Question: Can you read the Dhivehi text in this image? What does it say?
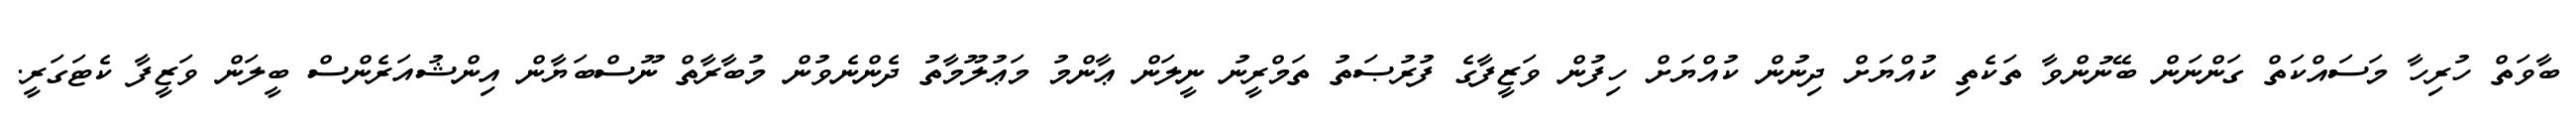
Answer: ބާވަތް ހުރިހާ މަސައްކަތް ގަންނަން ބޭނުންވާ ތަކެތި ކުއްޔަށް ދިނުން ކުއްޔަށް ހިފުން ވަޒީފާގެ ފުރުޞަތު ތަމްރީނު ނީލަން ޢާންމު މަޢުލޫމާތު ދެންނެވުން މުބާރާތް ނޫސްބަޔާން އިންޝުއަރެންސް ބީލަން ވަޒީފާ ކެޓަގަރީ.